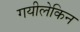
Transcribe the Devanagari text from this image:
गयीलेकिन